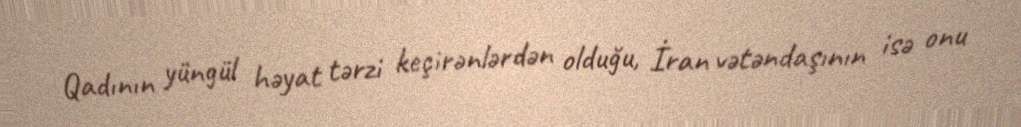
Qadının yüngül həyat tərzi keçirənlərdən olduğu, İran vətəndaşının isə onu